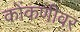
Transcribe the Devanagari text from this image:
कोंकणीवर